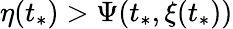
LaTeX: \eta(t_{*})>\Psi(t_{*},\xi(t_{*}))